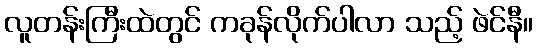
လူတန်းကြီးထဲတွင် ကခုန်လိုက်ပါလာ သည့် ဖဲင်နီ။